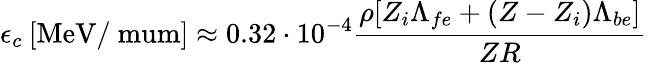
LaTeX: \epsilon_{c}\: [\mathrm{MeV/\ mum}]\approx 0.32\cdot 10^{-4}\frac{\rho[Z_{i}\Lambda_{fe}+(Z-Z_{i})\Lambda_{be}]}{ZR}